NAE_ERA_R-2632_ENSV_TA_Emakeele_Selts_1945-1955, lk 125
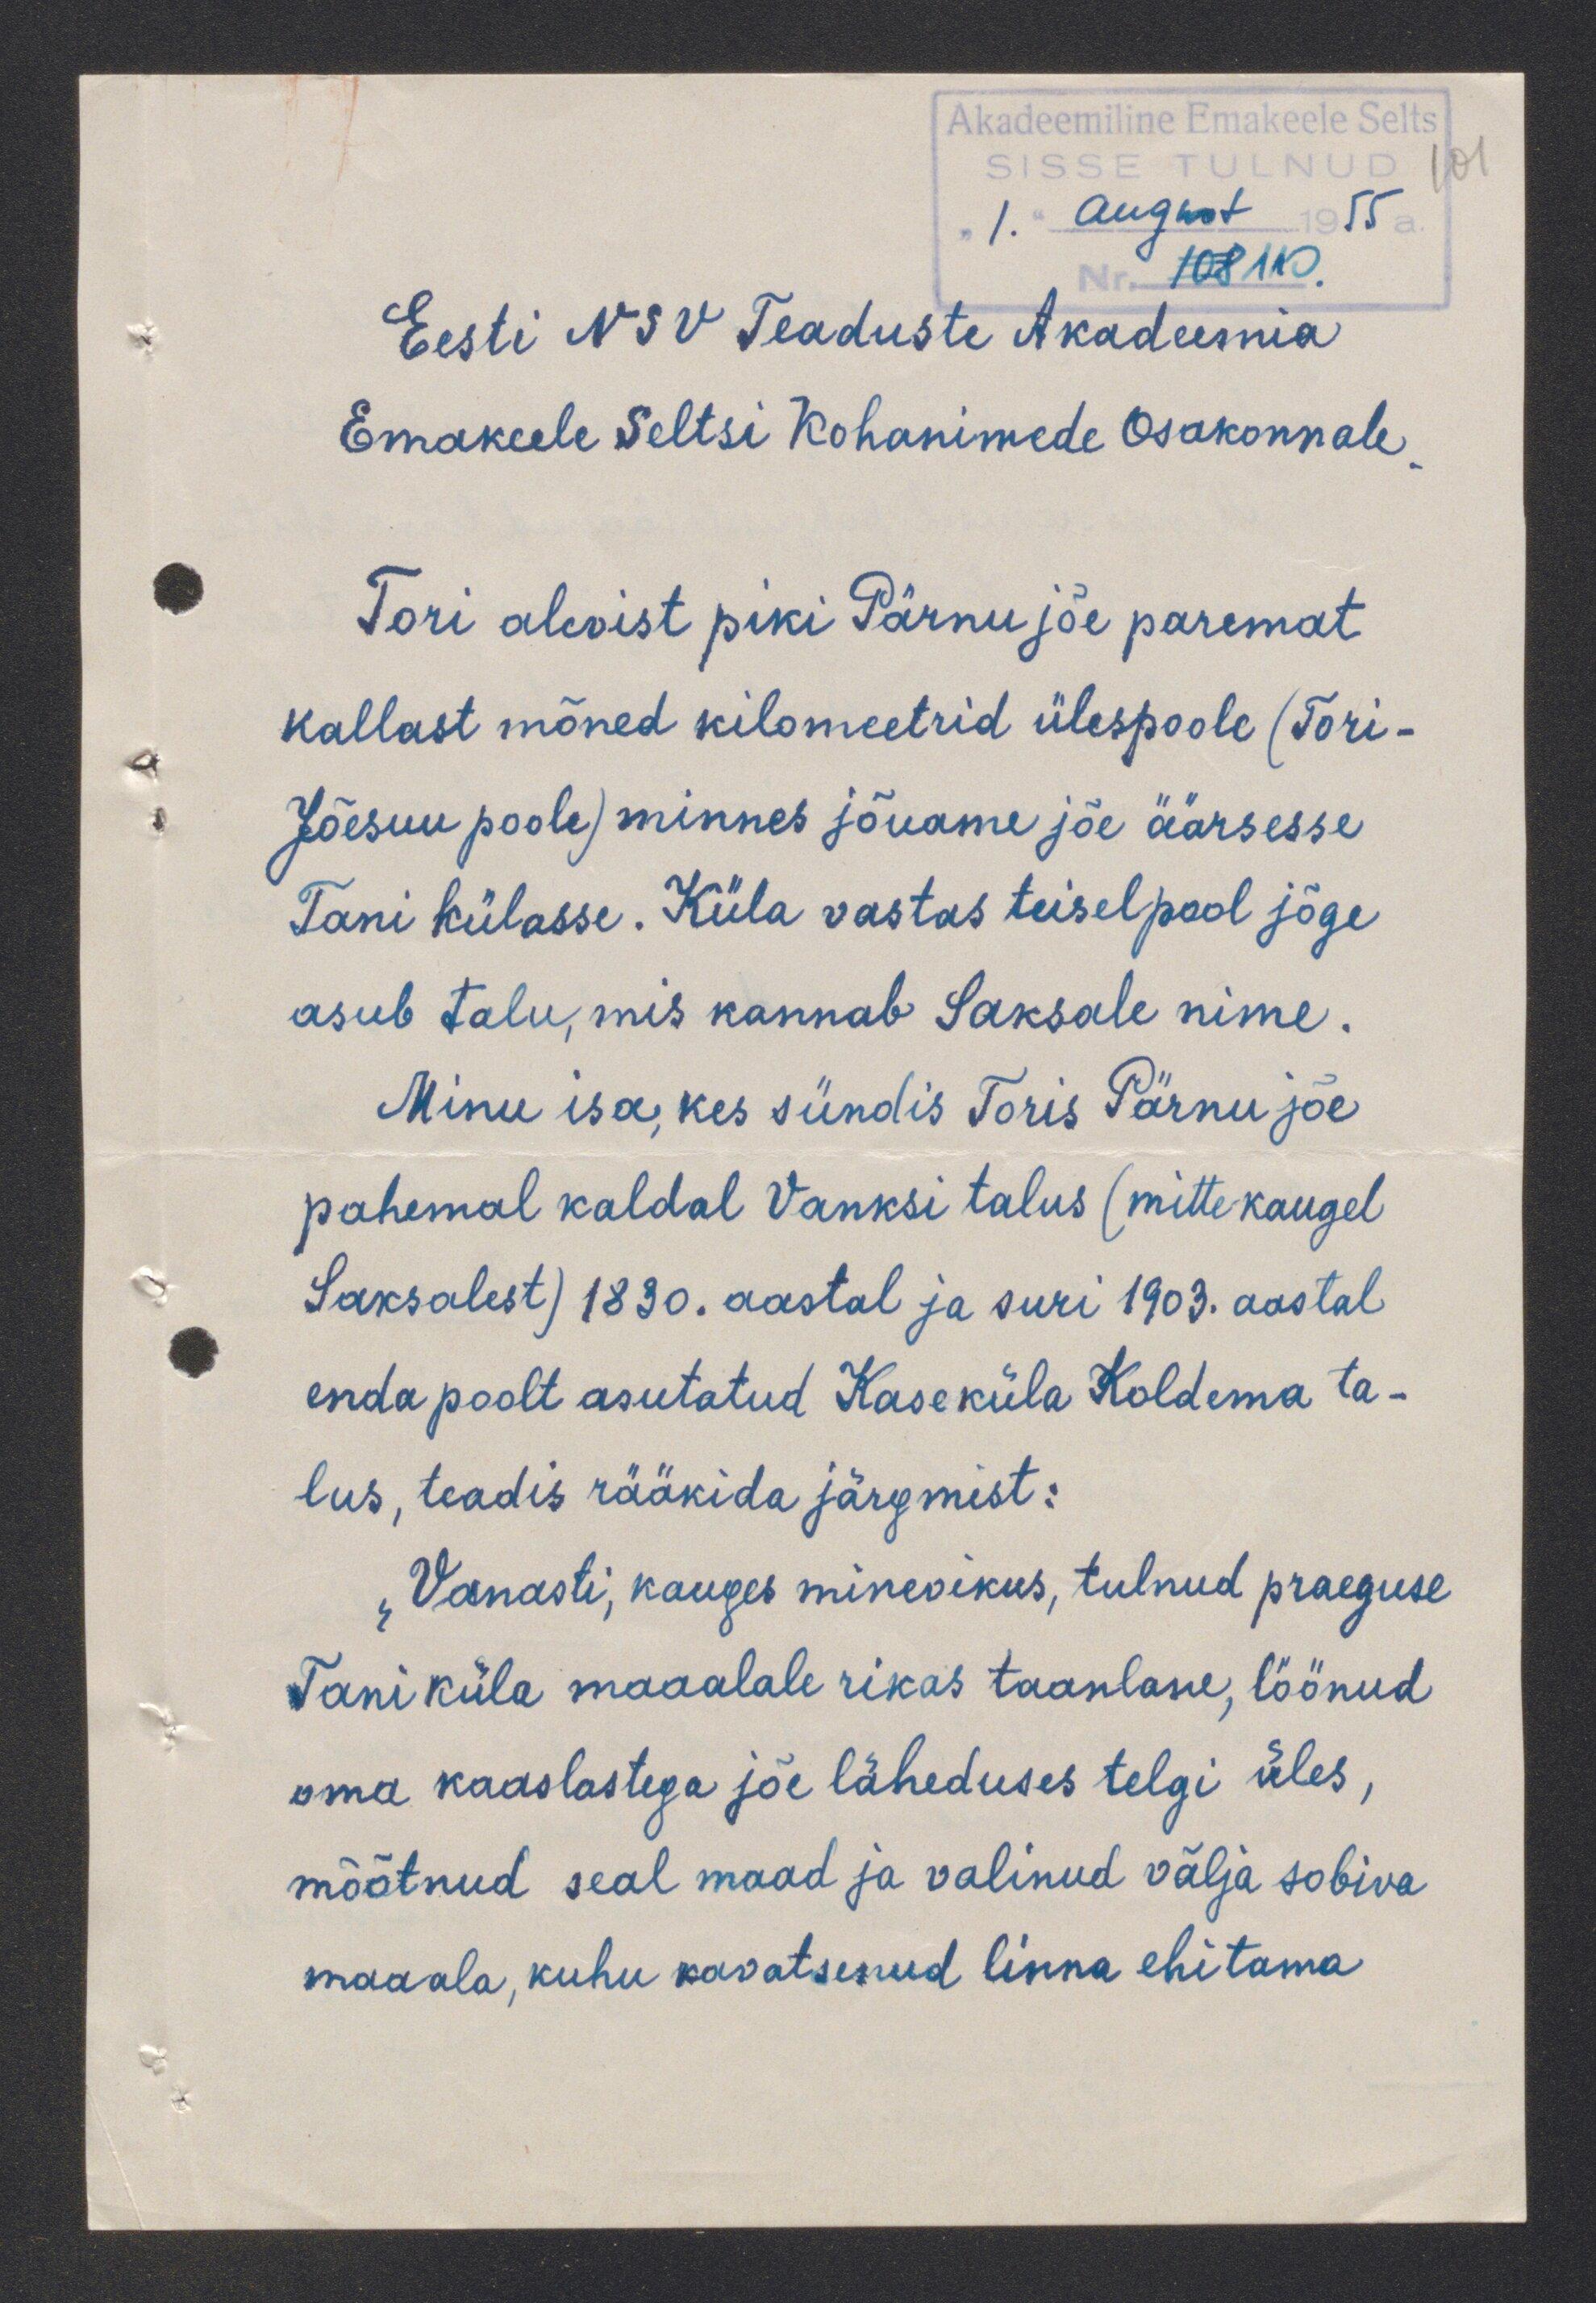
Eesti NSV Teaduste Akadeemia
Emakeele Seltsi Kohanimede Osakonnale
Tori alevist piki Pärnu jõe paremat
kallast mõned kilomeetrid ülespoole (Tori-
Jõesuu poole) minnes jõuame jõe äärsesse
Tani külasse. Küla vastas teiselpool jõge
asub talu, mis kannab Saksale nime:
Minu isa, kes sündis Toris Pärnu jõe
pahemal kaldal Vanksi talus (mitte kaugel
Saksalest) 1830. aastal ja suri 1903. aastal
enda poolt asutatud Kaseküla Koldema ta-
lus, teadis rääkida järgmist:
Vanasti, kauges minevikus, tulnud praeguse
Tani küla maaalale rikas taanlane, löönud
oma kaaslastega jõe läheduses telgi üles
mõõtnud seal maad ja valinud välja sobiva
maaala, kuhu kavatsenud linna ehitama